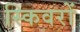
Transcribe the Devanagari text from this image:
स्किवरों